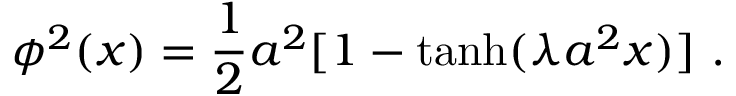
\phi ^ { 2 } ( x ) = \frac { 1 } { 2 } a ^ { 2 } [ 1 - \operatorname { t a n h } ( \lambda a ^ { 2 } x ) ] ~ .